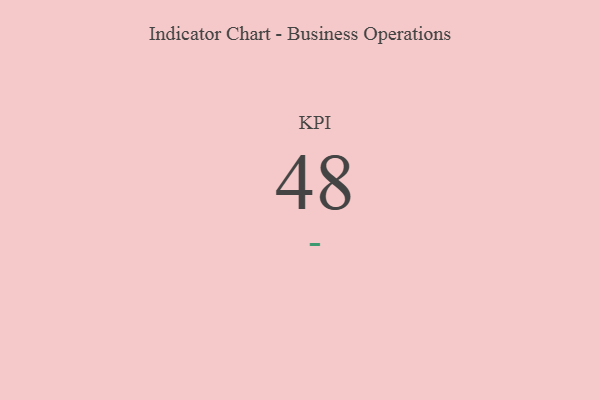
{"axis": {"x": "KPI", "y": "Value"}, "legend": [""], "data": [{"x": "KPI", "y": 48, "type": ""}]}